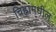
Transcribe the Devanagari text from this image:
चिह्नांमधील